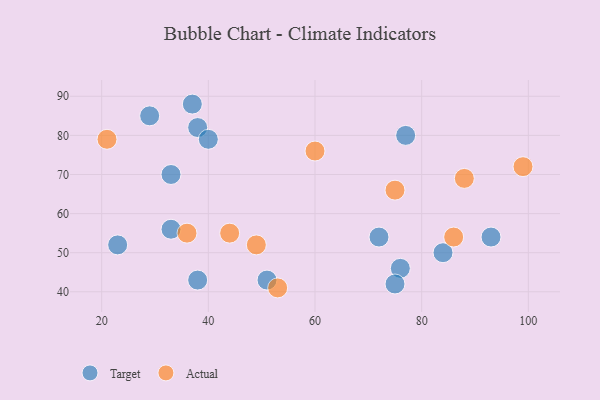
{"axis": {"x": "GDP", "y": "Life Expectancy"}, "legend": ["Actual", "Target"], "data": [{"x": "38", "y": 43, "type": "Target"}, {"x": "37", "y": 88, "type": "Target"}, {"x": "72", "y": 54, "type": "Target"}, {"x": "33", "y": 56, "type": "Target"}, {"x": "93", "y": 54, "type": "Target"}, {"x": "33", "y": 70, "type": "Target"}, {"x": "51", "y": 43, "type": "Target"}, {"x": "76", "y": 46, "type": "Target"}, {"x": "29", "y": 85, "type": "Target"}, {"x": "38", "y": 82, "type": "Target"}, {"x": "23", "y": 52, "type": "Target"}, {"x": "84", "y": 50, "type": "Target"}, {"x": "77", "y": 80, "type": "Target"}, {"x": "40", "y": 79, "type": "Target"}, {"x": "75", "y": 42, "type": "Target"}, {"x": "36", "y": 55, "type": "Actual"}, {"x": "44", "y": 55, "type": "Actual"}, {"x": "53", "y": 41, "type": "Actual"}, {"x": "88", "y": 69, "type": "Actual"}, {"x": "75", "y": 66, "type": "Actual"}, {"x": "21", "y": 79, "type": "Actual"}, {"x": "60", "y": 76, "type": "Actual"}, {"x": "49", "y": 52, "type": "Actual"}, {"x": "99", "y": 72, "type": "Actual"}, {"x": "86", "y": 54, "type": "Actual"}]}